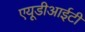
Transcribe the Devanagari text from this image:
एयूडीआईटी